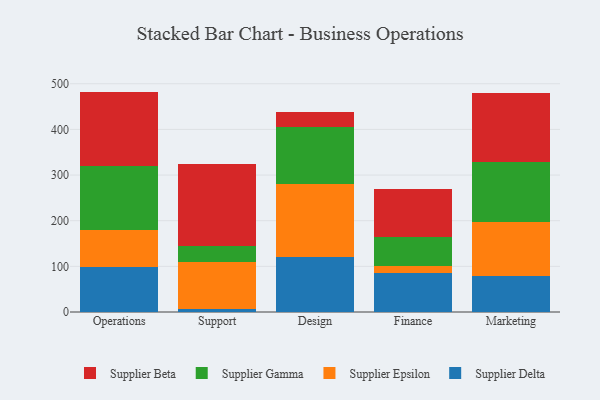
{"axis": {"x": "Department", "y": "Bounce Rate (%)"}, "legend": ["Supplier Beta", "Supplier Delta", "Supplier Epsilon", "Supplier Gamma"], "data": [{"x": "Operations", "y": 99.6, "type": "Supplier Delta"}, {"x": "Operations", "y": 79.1, "type": "Supplier Epsilon"}, {"x": "Operations", "y": 141.4, "type": "Supplier Gamma"}, {"x": "Operations", "y": 162.7, "type": "Supplier Beta"}, {"x": "Support", "y": 6.5, "type": "Supplier Delta"}, {"x": "Support", "y": 103.6, "type": "Supplier Epsilon"}, {"x": "Support", "y": 35.4, "type": "Supplier Gamma"}, {"x": "Support", "y": 179.5, "type": "Supplier Beta"}, {"x": "Design", "y": 121.3, "type": "Supplier Delta"}, {"x": "Design", "y": 159.1, "type": "Supplier Epsilon"}, {"x": "Design", "y": 125.0, "type": "Supplier Gamma"}, {"x": "Design", "y": 33.8, "type": "Supplier Beta"}, {"x": "Finance", "y": 85.5, "type": "Supplier Delta"}, {"x": "Finance", "y": 15.4, "type": "Supplier Epsilon"}, {"x": "Finance", "y": 64.2, "type": "Supplier Gamma"}, {"x": "Finance", "y": 103.9, "type": "Supplier Beta"}, {"x": "Marketing", "y": 78.0, "type": "Supplier Delta"}, {"x": "Marketing", "y": 119.8, "type": "Supplier Epsilon"}, {"x": "Marketing", "y": 129.9, "type": "Supplier Gamma"}, {"x": "Marketing", "y": 151.5, "type": "Supplier Beta"}]}